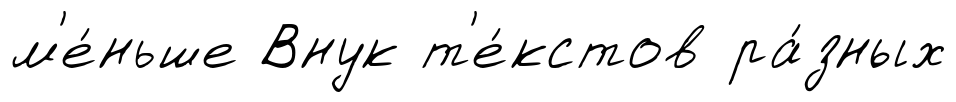
м'е́ньше Внук т'е́кстов ра́зных